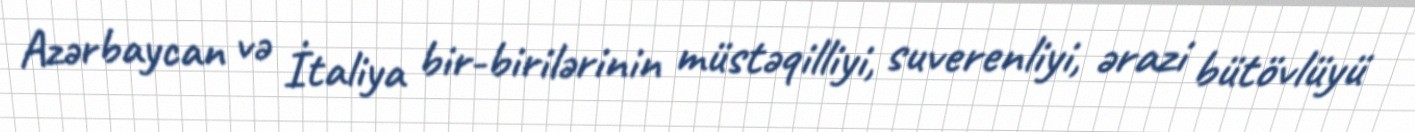
Azərbaycan və İtaliya bir-birilərinin müstəqilliyi, suverenliyi, ərazi bütövlüyü